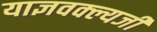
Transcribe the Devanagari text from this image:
याज्ञवक्ल्यजी